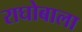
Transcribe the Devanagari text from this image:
राघोबाला